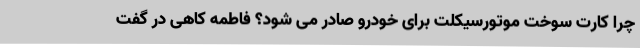
چرا کارت سوخت موتورسیکلت برای خودرو صادر می شود؟ فاطمه کاهی در گفت